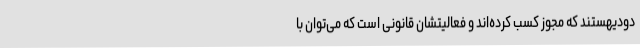
دودیهستند که مجوز کسب کرده‌اند و فعالیتشان قانونی است که می‌توان با